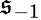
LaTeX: \mathfrak{s}_{-1}